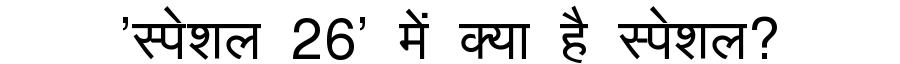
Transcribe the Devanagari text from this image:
'स्पेशल 26' में क्या है स्पेशल?